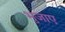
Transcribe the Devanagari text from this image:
भुजाए